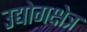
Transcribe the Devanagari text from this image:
उद्योगक्षेत्र